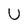
Character: U